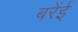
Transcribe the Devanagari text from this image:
बरेंई